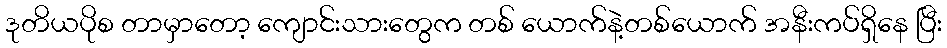
ဒုတိယပိုစ တာမှာတော့ ကျောင်းသားတွေက တစ် ယောက်နဲ့တစ်ယောက် အနီးကပ်ရှိနေ ပြီး